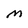
Character: M